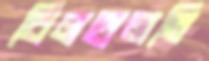
বিলহালতি